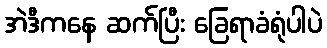
အဲဒီကနေ ဆက်ပြီး ခြေရာခံရုံပါပဲ